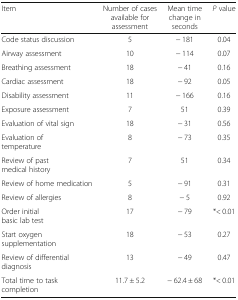
<table><thead><tr><td><b>Item</b></td><td><b>Number of cases available for assessment</b></td><td><b>Mean time change in seconds</b></td><td><b><i>P</i> value</b></td></tr></thead><tbody><tr><td>Code status discussion</td><td>5</td><td>− 181</td><td>0.04</td></tr><tr><td>Airway assessment</td><td>10</td><td>− 114</td><td>0.07</td></tr><tr><td>Breathing assessment</td><td>18</td><td>− 41</td><td>0.16</td></tr><tr><td>Cardiac assessment</td><td>18</td><td>− 92</td><td>0.05</td></tr><tr><td>Disability assessment</td><td>11</td><td>− 166</td><td>0.16</td></tr><tr><td>Exposure assessment</td><td>7</td><td>51</td><td>0.39</td></tr><tr><td>Evaluation of vital sign</td><td>18</td><td>− 31</td><td>0.56</td></tr><tr><td>Evaluation of temperature</td><td>8</td><td>− 73</td><td>0.35</td></tr><tr><td>Review of past medical history</td><td>7</td><td>51</td><td>0.34</td></tr><tr><td>Review of home medication</td><td>5</td><td>− 91</td><td>0.31</td></tr><tr><td>Review of allergies</td><td>8</td><td>− 5</td><td>0.92</td></tr><tr><td>Order initial basic lab test</td><td>17</td><td>− 79</td><td>*&lt; 0.01</td></tr><tr><td>Start oxygen supplementation</td><td>18</td><td>− 53</td><td>0.27</td></tr><tr><td>Review of differential diagnosis</td><td>13</td><td>− 49</td><td>0.47</td></tr><tr><td>Total time to task completion</td><td>11.7 ± 5.2</td><td>− 62.4 ± 68</td><td>*&lt; 0.01</td></tr></tbody></table>